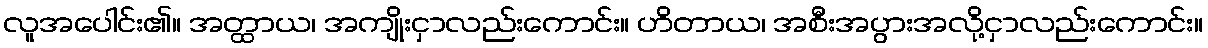
လူအပေါင်း၏။ အတ္ထာယ၊ အကျိုးငှာလည်းကောင်း။ ဟိတာယ၊ အစီးအပွားအလို့ငှာလည်းကောင်း။